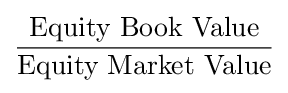
{\frac {\text{Equity Book Value}}{\text{Equity Market Value}}}